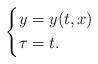
LaTeX: \begin{align*}\left\{\begin{aligned}&y=y(t,x)\\&\tau=t.\end{aligned}\right.\end{align*}